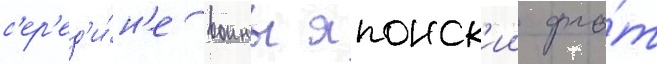
с'ер'ед'и́н'е воины японск'ии фло́т